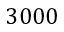
3 0 0 0